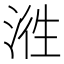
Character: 𭰵